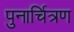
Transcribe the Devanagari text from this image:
पुनार्चित्रण